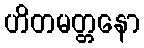
ဟိတမတ္တနော